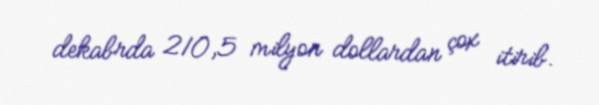
dekabrda 210,5 milyon dollardan çox itirib.